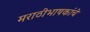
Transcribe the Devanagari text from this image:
मराठीभाषकांचे